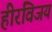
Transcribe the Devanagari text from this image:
हीरविजय